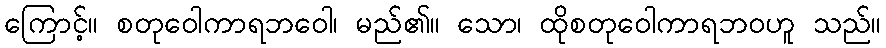
ကြောင့်။ စတုဝေါကာရဘဝေါ၊ မည်၏။ သော၊ ထိုစတုဝေါကာရဘဝဟူ သည်။